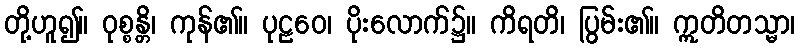
တို့ဟူ၍။ ဝုစ္စန္တိ၊ ကုန်၏။ ပုဠဝေ၊ ပိုးလောက်၌။ ကိရတိ၊ ပြွမ်း၏။ ဣတိတသ္မာ၊